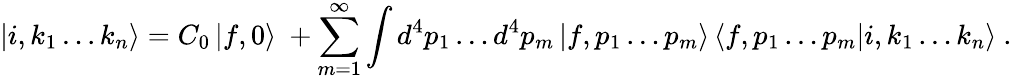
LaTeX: \left|i,k_{1}\ldots k_{n}\right\rangle=C_{0}\left|f,0\right\rangle\ +\sum_{m=1}^{\infty}\int{d^{4}p_{1}\ldots d^{4}p_{m}\left|f,p_{1}\ldots p_{m}\right\rangle}\left\langle f,p_{1}\ldots p_{m}\right|i,k_{1}\ldots k_{n}\rangle~.